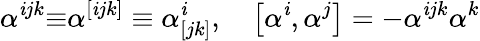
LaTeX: \alpha^{\mathit{i}jk}{\mathbf{\equiv}}\alpha^{[\mathit{i}jk]}\equiv\alpha_{[jk]}^{\mathit{i}}\textrm{{,\quad}}\left[\alpha^{\mathit{i}},\alpha^{j}\right]=-\alpha^{\mathit{i}jk}\alpha^{k}